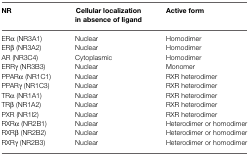
| NR | Cellular localization in absence of ligand | Active form |
 | --- | --- | --- |
 | ERα (NR3A1) | Nuclear | Homodimer |
 | ERβ (NR3A2) | Nuclear | Homodimer |
 | AR (NR3C4) | Cytoplasmic | Homodimer |
 | ERRγ (NR3B3) | Nuclear | Monomer |
 | PPARα (NR1C1) | Nuclear | RXR heterodimer |
 | PPARγ (NR1C3) | Nuclear | RXR heterodimer |
 | TRα (NR1A1) | Nuclear | RXR heterodimer |
 | TRβ (NR1A2) | Nuclear | RXR heterodimer |
 | PXR (NR1I2) | Nuclear | RXR heterodimer |
 | RXRα (NR2B1) | Nuclear | Heterodimer or homodimer |
 | RXRβ (NR2B2) | Nuclear | Heterodimer or homodimer |
 | RXRγ (NR2B3) | Nuclear | Heterodimer or homodimer |